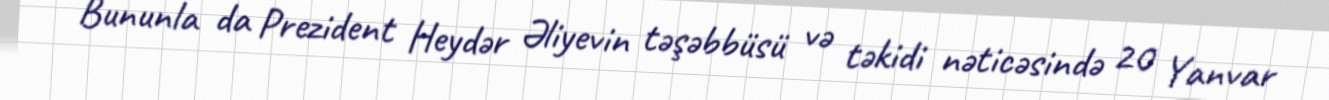
Bununla da Prezident Heydər Əliyevin təşəbbüsü və təkidi nəticəsində 20 Yanvar